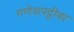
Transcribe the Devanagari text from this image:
गणेशपट्टीवर